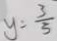
y = \frac { 3 } { 5 }